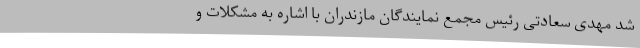
شد مهدی سعادتی رئیس مجمع نمایندگان مازندران با اشاره به مشکلات و